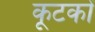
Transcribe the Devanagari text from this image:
कूटकों